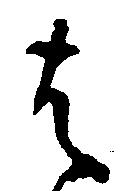
は